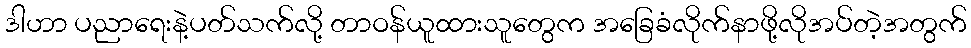
ဒါဟာ ပညာရေးနဲ့ပတ်သက်လို့ တာဝန်ယူထားသူတွေက အခြေခံလိုက်နာဖို့လိုအပ်တဲ့အတွက်